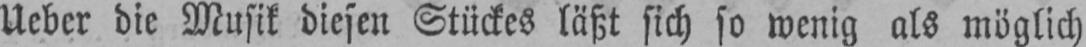
Ueber die Musik diesen Stückes läßt sich so wenig als möglich